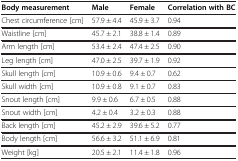
<table><thead><tr><td><b>Body measurement</b></td><td><b>Male</b></td><td><b>Female</b></td><td><b>Correlation with BC</b></td></tr></thead><tbody><tr><td>Chest circumference [cm]</td><td>57.9 ± 4.4</td><td>45.9 ± 3.7</td><td>0.94</td></tr><tr><td>Waistline [cm]</td><td>45.7 ± 2.1</td><td>38.8 ± 1.4</td><td>0.89</td></tr><tr><td>Arm length [cm]</td><td>53.4 ± 2.4</td><td>47.4 ± 2.5</td><td>0.90</td></tr><tr><td>Leg length [cm]</td><td>47.0 ± 2.5</td><td>39.7 ± 1.9</td><td>0.92</td></tr><tr><td>Skull length [cm]</td><td>10.9 ± 0.6</td><td>9.4 ± 0.7</td><td>0.62</td></tr><tr><td>Skull width [cm]</td><td>10.9 ± 0.8</td><td>9.1 ± 0.7</td><td>0.83</td></tr><tr><td>Snout length [cm]</td><td>9.9 ± 0.6</td><td>6.7 ± 0.5</td><td>0.88</td></tr><tr><td>Snout width [cm]</td><td>4.2 ± 0.4</td><td>3.2 ± 0.3</td><td>0.88</td></tr><tr><td>Back length [cm]</td><td>45.2 ± 2.9</td><td>39.6 ± 5.2</td><td>0.77</td></tr><tr><td>Body length [cm]</td><td>56.6 ± 3.2</td><td>51.1 ± 6.9</td><td>0.81</td></tr><tr><td>Weight [kg]</td><td>20.5 ± 2.1</td><td>11.4 ± 1.8</td><td>0.96</td></tr></tbody></table>